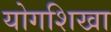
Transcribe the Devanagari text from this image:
योगशिखा